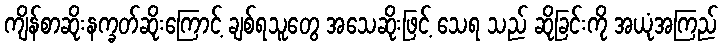
ကျိန်စာဆိုးနက္ခတ်ဆိုးကြောင့် ချစ်ရသူတွေ အသေဆိုးဖြင့် သေရ သည် ဆိုခြင်းကို အယုံအကြည်